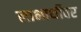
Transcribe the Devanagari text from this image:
लाभार्थीवर